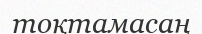
тоқтамасаң